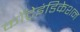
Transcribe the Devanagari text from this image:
काँट्रेइंडिकेशन